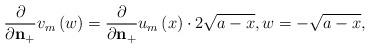
LaTeX: \begin{align*}\frac{\partial}{\partial\mathbf{n}_+}v_{m}\left(w\right)=\frac{\partial}{\partial\mathbf{n}_{+}}u_{m}\left(x\right)\cdot2\sqrt{a-x},w=-\sqrt{a-x},\end{align*}